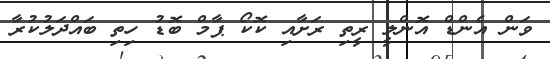
ވަން އެންޑް އޮންލީ ރީތި ރަށާއި ކޮކޯ ޕާމް ބޮޑު ހިތި ބައްދަލުކުރާ